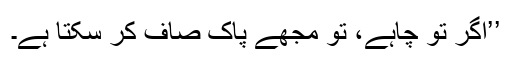
’’اگر تو چاہے، تو مجھے پاک صاف کر سکتا ہے۔